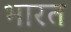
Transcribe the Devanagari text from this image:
भारत